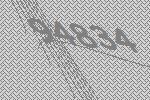
94834